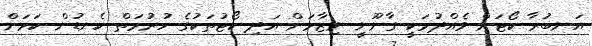
އަނބުރާ ކޯޓަށް ވެއްދުމަކީ ގާނޫނީ ނިޒާމަށް އަދި ކޯޓުތަކުގެ ހުރުމަތް ކެނޑުން ކަމަށް